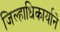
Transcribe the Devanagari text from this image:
जिल्हाधिकार्याने